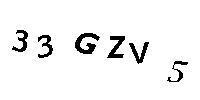
33GZV5